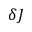
\delta J